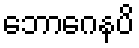
ဘောဂေနပိ